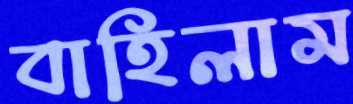
বাহিলাম